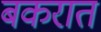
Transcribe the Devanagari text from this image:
बकरात